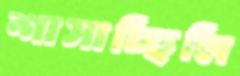
শাসাচ্ছিলি